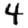
Digit: 4